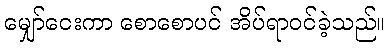
မျှော်ငေးကာ စောစောပင် အိပ်ရာဝင်ခဲ့သည်။